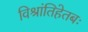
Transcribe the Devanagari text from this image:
विश्रांतिहेतबः